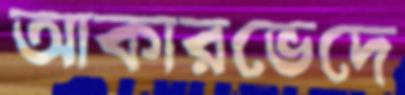
আকারভেদে